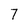
Character: 7